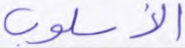
الأسلوب